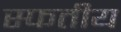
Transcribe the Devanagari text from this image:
स्फतीय